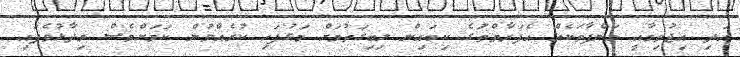
އަދި އިޖުތިމާއީ މަންފާތަކެއް އެފަރާތްތަުގެ ކިބައިން ލިބިގަތުމަށް މަގުފަހި ކުރެއްވުން ކަމަށްވެސް ވިދާޅުވެފައި